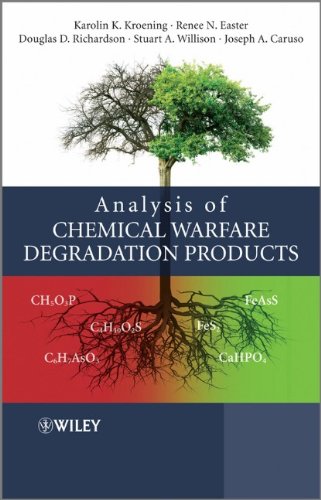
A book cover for Analysis of Chemical Warfare Degradation Products; Karolin K. Kroening; Engineering & Transportation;